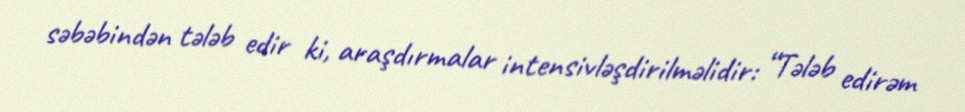
səbəbindən tələb edir ki, araşdırmalar intensivləşdirilməlidir: “Tələb edirəm